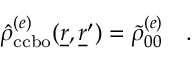
\begin{array} { r } { \hat { \rho } _ { \mathrm { c c b o } } ^ { ( e ) } ( \underline { { r } } , \underline { { r } } ^ { \prime } ) = \tilde { \rho } _ { 0 0 } ^ { ( e ) } \quad . } \end{array}